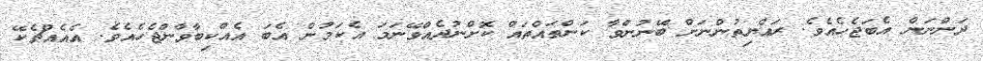
ދަންނަން އެބަޖެހެއެވެ. ރައްޔިތުންނަށް ބޭނުންވާ ކަންތައްތައް ކޮށްނުދެއްވޭނަމަ އެކަމުން އެބަ އެއްކިބާވާންޖެހެއެވެ. އެއެއްޗެކޭ